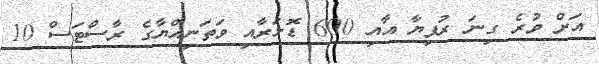
އަށް ވުރެ ގިނަ ރުފިޔާ އާއި 600 ޑޮލަރާއި ވަތަނިއްޔާގެ ރާސްޓަސް 10